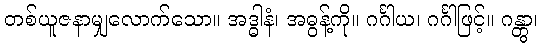
တစ်ယူဇနာမျှလောက်သော။ အဒ္ဓါနံ၊ အဓွန့်ကို။ ဂင်္ဂါယ၊ ဂင်္ဂါဖြင့်။ ဂန္တွာ၊